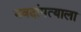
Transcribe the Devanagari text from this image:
नवदांपत्याला